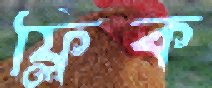
ফ্লিক